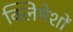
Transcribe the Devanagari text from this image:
क्लिमेशों